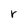
Character: r